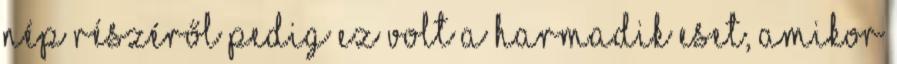
nép részéről pedig ez volt a harmadik eset, amikor